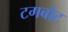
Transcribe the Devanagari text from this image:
टगबोट